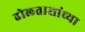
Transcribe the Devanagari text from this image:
ढोलताशांच्या